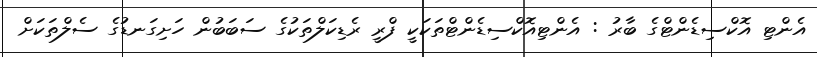
އެންޓި އޮކްސިޑެންޓްގެ ބާރު : އެންޓިއޮކްސިޑެންޓްތަކަކީ ފްރީ ރެޑިކަލްތަކުގެ ސަބަބުން ހަށިގަނޑުގެ ސެލްތަކަށް